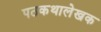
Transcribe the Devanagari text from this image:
पठकथालेखक